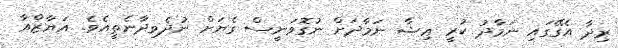
ރިދާ އެގޭގައި ނަމާދު ކުރީ ޢިޝާ ނަމާދަށް ނުގޮވަނީސް ގެޔަށް ނުދެވިދާނެތީއެވެ. އަޔާޒްއާ